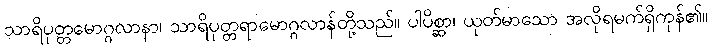
သာရိပုတ္တမောဂ္ဂလာနာ၊ သာရိပုတ္တရာမောဂ္ဂလာန်တို့သည်။ ပါပိစ္ဆာ၊ ယုတ်မာသော အလိုရမက်ရှိကုန်၏။